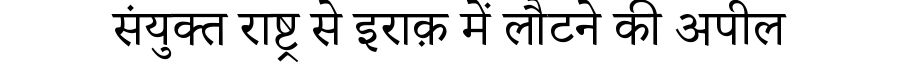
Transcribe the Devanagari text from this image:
संयुक्त राष्ट्र से इराक़ में लौटने की अपील